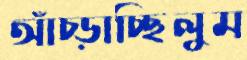
আঁচ্‌ড়াচ্ছিলুম